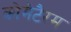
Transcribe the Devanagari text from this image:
कोमेटैरम